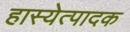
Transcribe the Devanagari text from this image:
हास्येत्पादक